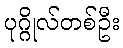
ပုဂ္ဂိုလ်တစ်ဦး